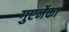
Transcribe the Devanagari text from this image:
गुएर्नेका